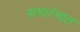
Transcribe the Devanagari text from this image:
सभारंभात